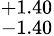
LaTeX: _{-1.40}^{+1.40}